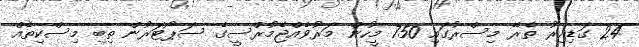
24 ގަޑިއިރު ތެރޭ މިސްރުގައި 750 މީހުން މަރުވެއްޖެމުރްސީގެ ސަޕޯޓަރުން ތިބި މިސްކިތެއް